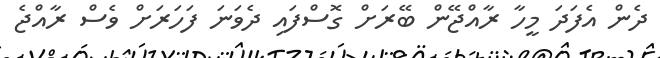
ދެން އެފަދަ މީހާ ރާއްޖޭން ބޭރަށް ގޮސްފައި ދެވަނަ ފަހަރަށް ވެސް ރާއްޖެ